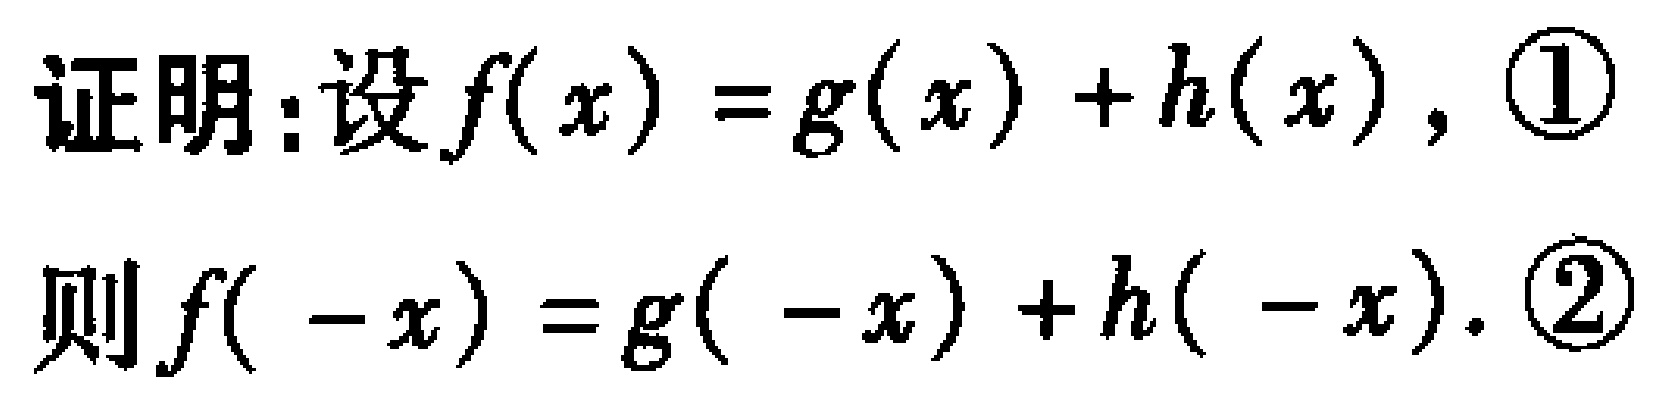
证明：设\(f(x)=g(x)+h(x)\)，\(\textcircled{1}\)

则\(f(-x)=g(-x)+h(-x)\). \(\textcircled{2}\)